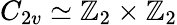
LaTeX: C_{2v}\simeq\mathbb{Z}_{2}\times\mathbb{Z}_{2}